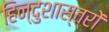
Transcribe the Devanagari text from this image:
हिन्दुशास्त्रों